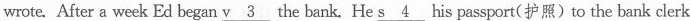
wrote. After a week Ed began \underline{v 3}the bank, He \underline{s 4} his passport(护照)to the bank clerk